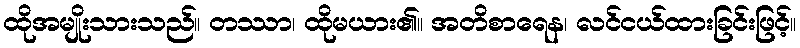
ထိုအမျိုးသားသည်။ တဿာ၊ ထိုမယား၏။ အတိစာရေန၊ လင်ငယ်ထားခြင်းဖြင့်။